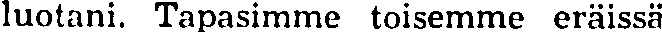
luotani. Tapasimme toisemme eräissä